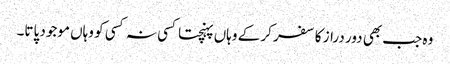
وہ جب بھی دور دراز کا سفر کر کے وہاں پہنچتا کسی نہ کسی کو وہاں موجود پاتا۔